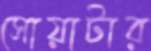
সোয়াটার